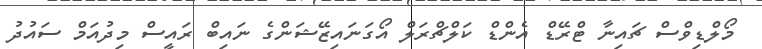
މޯލްޑިވްސް ޗައިނާ ޓްރޭޑް އެންޑް ކަލްޗްރަލް އޯގަނައިޒޭޝަންގެ ނައިބް ރައީސް މިދުއަމް ސައުދު